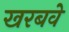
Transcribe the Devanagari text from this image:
खरबवे